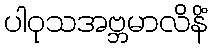
ပါဝုသအဗ္ဘမာလိနိံ